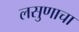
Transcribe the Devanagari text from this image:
लसुणाचा